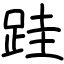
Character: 跬